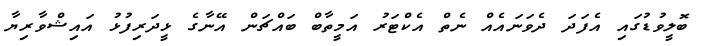
ބޮލީވުޑުގައި އެފަދަ ދެވަނައެއް ނެތް އެކްޓަރު އަމީތާބް ބައްޗަން އޭނާގެ ޅީދަރިފުޅު އައިޝްވާރިޔާ